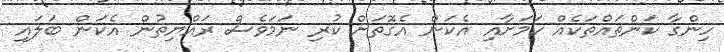
ހިންގާ ކަންތައްތަކެއް ކަމަށާއި އެކަން އެގޮތަށް ކުރި ނަމަވެސް ރައްޔިތުން އެކަން ބަލައި